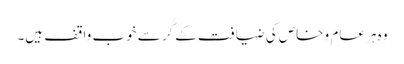
وہ ہر عام و خاص کی ضیافت کے گُر سے خوب واقف ہیں۔